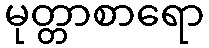
မုတ္တာစာရော